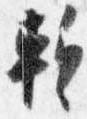
蹔